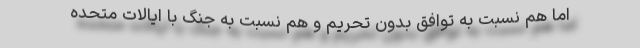
اما هم نسبت به توافق بدون تحریم و هم نسبت به جنگ با ایالات متحده